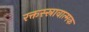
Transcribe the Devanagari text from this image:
रक्तस्स्रावात्मक